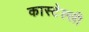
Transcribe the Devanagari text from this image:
कास्टेल्ली